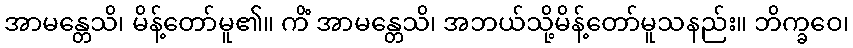
အာမန္တေသိ၊ မိန့်တော်မူ၏။ ကိံ အာမန္တေသိ၊ အဘယ်သို့မိန့်တော်မူသနည်း။ ဘိက္ခဝေ၊